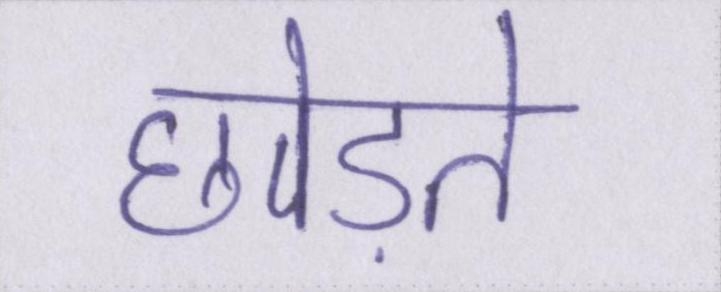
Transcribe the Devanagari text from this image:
छोड़ते